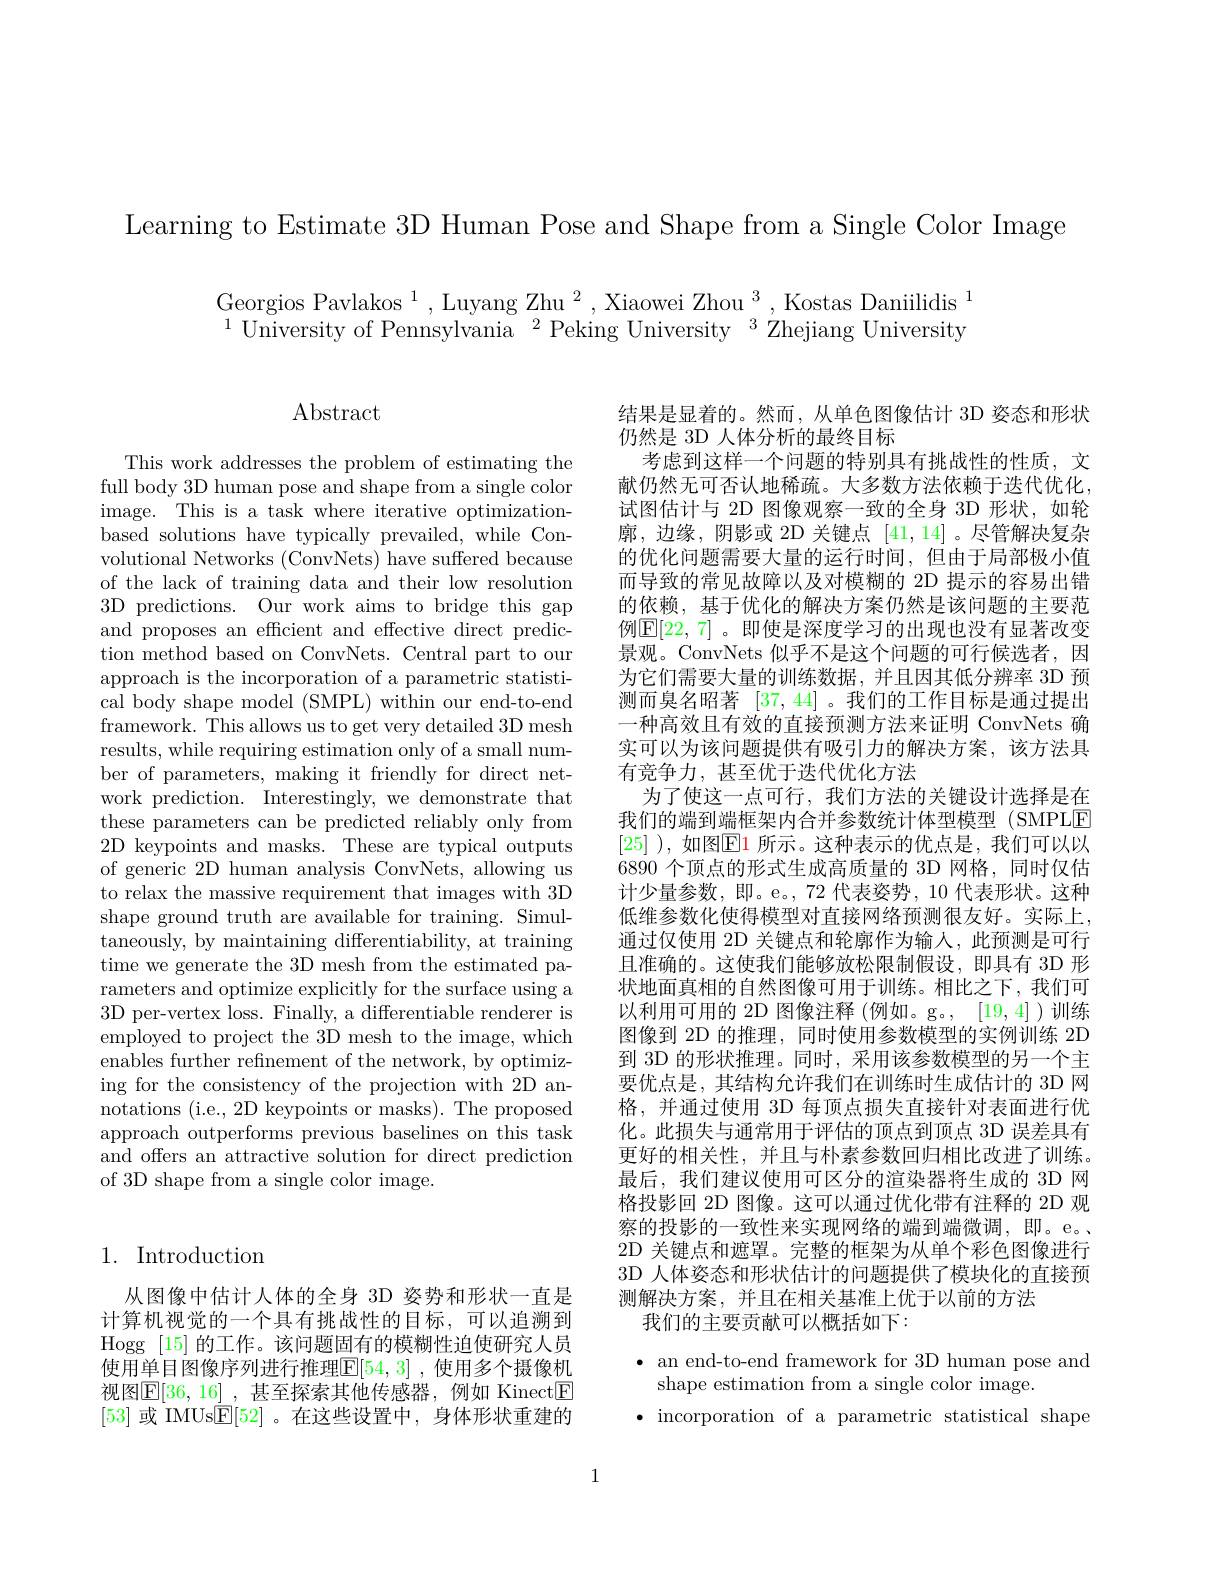
Learning to Estimate 3D Human Pose and Shape from a Single Color Image

Georgios Pavlakos $^1,\text{Luyang Zhu}^2,\text{Xiaowei Zhou}^3$,Kostas Daniilidis$^1$ $^{1}$University of Pennsylvania$^2$Peking University$^3$Zhejiang University

$\operatorname{Abstract}$

This work addresses the problem of estimating the full body 3D human pose and shape from a single color image. This is a task where iterative optimizationbased solutions have typically prevailed, while Convolutional Networks (ConvNets) have suffered because of the lack of training data and their low resolution 3D predictions. Our work aims to bridge this gap and proposes an efficient and effective direct prediction method based on ConvNets. Central part to our approach is the incorporation of a parametric statistical body shape model (SMPL) within our end-to-end framework. This allows us to get very detailed 3D mesh results, while requiring estimation only of a small number of parameters, making it friendly for direct network prediction. Interestingly, we demonstrate that these parameters can be predicted reliably only from 2D keypoints and masks. These are typical outputs of generic 2D human analysis ConvNets, allowing us to relax the massive requirement that images with 3D shape ground truth are available for training. Simultaneously, by maintaining differentiability, at training time we generate the 3D mesh from the estimated parameters and optimize explicitly for the surface using a 3D per-vertex loss. Finally, a differentiable renderer is employed to project the 3D mesh to the image, which enables further refinement of the network, by optimizing for the consistency of the projection with 2D annotations (i.e., 2D keypoints or masks). The proposed approach outperforms previous baselines on this task and offers an attractive solution for direct prediction of 3D shape from a single color image.

结果是显着的。然而，从单色图像估计 3D 姿态和形状
仍然是 3D 人体分析的最终目标
考虑到这样一个问题的特别具有挑战性的性质，文献仍然无可否认地稀疏。大多数方法依赖于迭代优化， 试图估计与 2D 图像观察一致的全身 3D 形状，如轮廓，边缘，阴影或 2D 关键点[41,14] 。尽管解决复杂的优化问题需要大量的运行时间，但由于局部极小值而导致的常见故障以及对模糊的 2D 提示的容易出错的依赖，基于优化的解决方案仍然是该问题的主要范例$\mathbb{E}[22,7]$ 。即使是深度学习的出现也没有显著改变景观。ConvNets 似乎不是这个问题的可行候选者，因为它们需要大量的训练数据，并且因其低分辨率 3D 预测而臭名昭著[37,44]。我们的工作目标是通过提出一种高效且有效的直接预测方法来证明 ConvNets 确实可以为该问题提供有吸引力的解决方案，该方法具有竞争力，甚至优于迭代优化方法
为了使这一点可行，我们方法的关键设计选择是在我们的端到端框架内合并参数统计体型模型 (SMPLE [25] ), 如图$\mathbb{E}$1 所示。这种表示的优点是，我们可以以6890 个顶点的形式生成高质量的 3D 网格，同时仅估计少量参数，即。e。,72 代表姿势，10 代表形状。这种低维参数化使得模型对直接网络预测很友好。实际上， 通过仅使用 2D 关键点和轮廓作为输入，此预测是可行且准确的。这使我们能够放松限制假设，即具有 3D 形状地面真相的自然图像可用于训练。相比之下，我们可以利用可用的 2D 图像注释 (例如。g。, [19,4])训练图像到 2D 的推理，同时使用参数模型的实例训练 2D 到 3D 的形状推理。同时，采用该参数模型的另一个主要优点是，其结构允许我们在训练时生成估计的 3D 网格，并通过使用 3D 每顶点损失直接针对表面进行优化。此损失与通常用于评估的顶点到顶点 3D 误差具有更好的相关性，并且与朴素参数回归相比改进了训练。最后，我们建议使用可区分的渲染器将生成的 3D 网格投影回 2D 图像。这可以通过优化带有注释的 2D 观察的投影的一致性来实现网络的端到端微调，即。e。、 2D 关键点和遮罩。完整的框架为从单个彩色图像进行3D 人体姿态和形状估计的问题提供了模块化的直接预测解决方案，并且在相关基准上优于以前的方法
我们的主要贡献可以概括如下：

## 1. Introduction

从图像中估计人体的全身 3D 姿势和形状一直是计算机视觉的一个具有挑战性的目标，可以追溯到Hogg [15]的工作。该问题固有的模糊性迫使研究人员使用单目图像序列进行推理$\mathbb{E}[54,3]$ ,使用多个摄像机视图$\mathbb{E}[36,16]$ ,甚至探索其他传感器，例如 Kinect$\mathbb{E}$ [53]或 IMUs$\boxed{\mathrm{F}}[52]$ 。在这些设置中，身体形状重建的

$\bullet$ an end-to-end framework for 3D human pose and
shape estimation from a single color image.
$\bullet$ incorporation of a parametric statistical shape

1